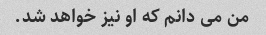
من می دانم که او نیز خواهد شد.